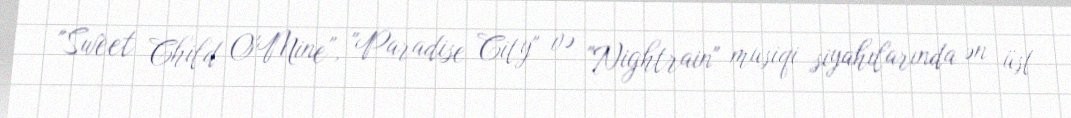
"Sweet Child O'Mine", "Paradise City" və "Nightrain" musiqi siyahılarında ən üst